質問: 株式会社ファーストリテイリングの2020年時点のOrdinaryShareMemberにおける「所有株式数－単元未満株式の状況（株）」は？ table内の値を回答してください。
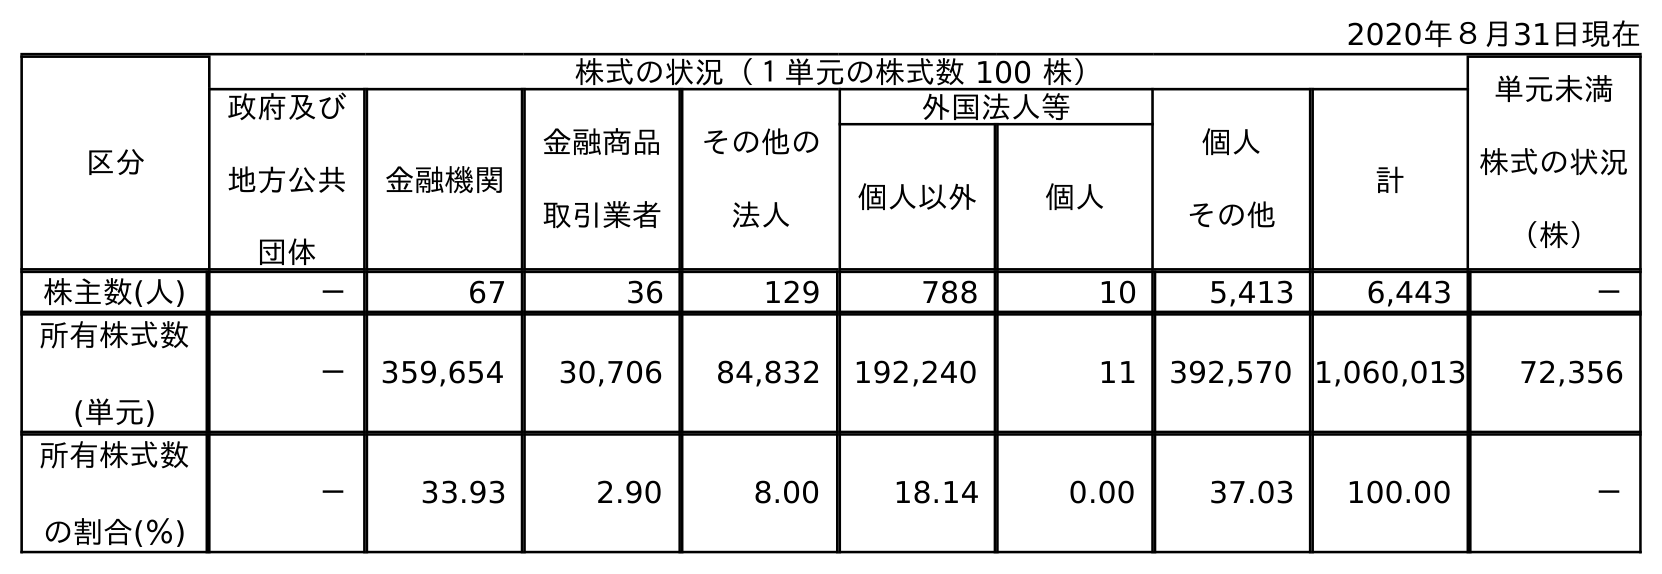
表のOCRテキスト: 2020年８月31日現在 区分 株式の状況（１単元の株式数 100 株） 単元未満 株式の状況 （株） 政府及び 地方公共 団体 金融機関 金融商品 取引業者 その他の 法人 外国法人等 個人 その他 計 個人以外 個人 株主数(人) － 67 36 129 788 10 5,413 6,443 － 所有株式数 (単元) － 359,654 30,706 84,832 192,240 11 392,570 1,060,013 72,356 所有株式数 の割合(％) － 33.93 2.90 8.00 18.14 0.00 37.03 100.00 －
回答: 72,356